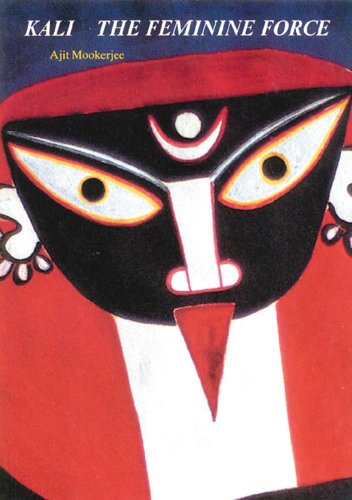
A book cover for Kali: The Feminine Force; Ajit Mookerjee; Religion & Spirituality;